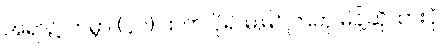
အရာ၌ ကမ္ဘာ (၄၀) ထက် ပို၍ မမြင်ကြဟု မိန့်ဆိုထားပုံ။